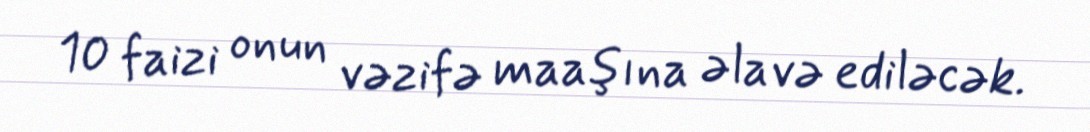
10 faizi onun vəzifə maaşına əlavə ediləcək.